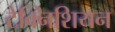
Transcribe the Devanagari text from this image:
टेक्निशियन